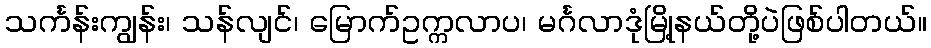
သင်္ကန်းကျွန်း၊ သန်လျင်၊ မြောက်ဥက္ကလာပ၊ မင်္ဂလာဒုံမြို့နယ်တို့ပဲဖြစ်ပါတယ်။